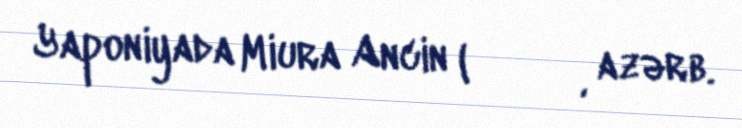
Yaponiyada Miura Ancin (三浦按針, azərb.